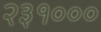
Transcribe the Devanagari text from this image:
२३१०००